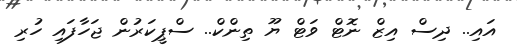
އައި.. ދިސް އިޒް ނޮޓް ވަޓް ޔޫ ތިންކް.. ސްޕީކަރުން ޖަހާފައި ހުރި